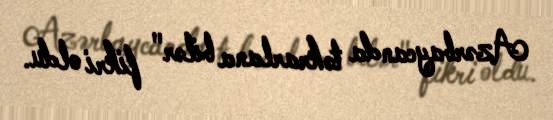
Azərbaycanda təkrarlana bilər" fikri oldu.